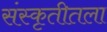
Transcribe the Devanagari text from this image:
संस्कृतीतला